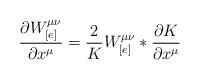
\begin{align*}\frac{\partial W_{[e]}^{\mu\nu}}{\partial x^{\mu}} =\frac{2}{K} W_{[e]}^{\mu\nu} * \frac{\partial K}{\partial x^{\mu}}\end{align*}